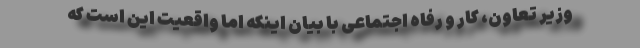
وزیر تعاون، کار و رفاه اجتماعی با بیان اینکه اما واقعیت این است که